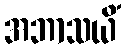
အဘာသယိံ